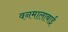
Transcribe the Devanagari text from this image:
वनमालाबाई